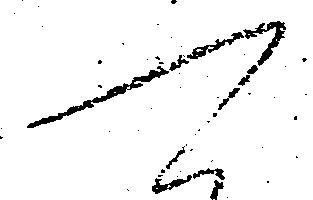
可